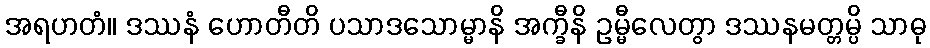
အရဟတံ။ ဒဿနံ ဟောတီတိ ပသာဒသောမ္မာနိ အက္ခီနိ ဥမ္မီလေတွာ ဒဿနမတ္တမ္ပိ သာဓု